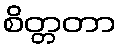
စိတ္တတာ